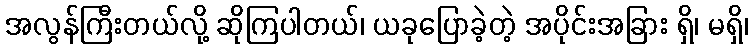
အလွန်ကြီးတယ်လို့ ဆိုကြပါတယ်၊ ယခုပြောခဲ့တဲ့ အပိုင်းအခြား ရှိ၊ မရှိ၊